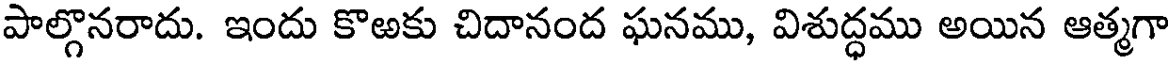
పాల్గొనరాదు. ఇందు కొఱకు చిదానంద ఘనము, విశుద్ధము అయిన ఆత్మగా